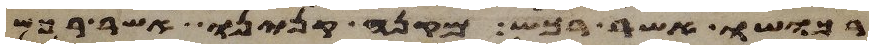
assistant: רכושו אשר רכש מקנה קנינו אשר רכש